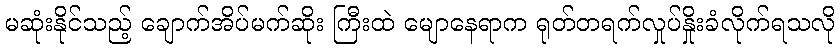
မဆုံးနိုင်သည့် ချောက်အိပ်မက်ဆိုး ကြီးထဲ မျောနေရာက ရုတ်တရက်လှုပ်နှိုးခံလိုက်ရသလို